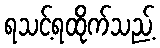
ရသင့်ရထိုက်သည့်